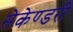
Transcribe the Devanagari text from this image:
सेकेण्‍डरी